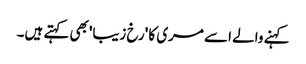
کہنے والے اسے مری کا 'رخ زیبا'بھی کہتے ہیں۔